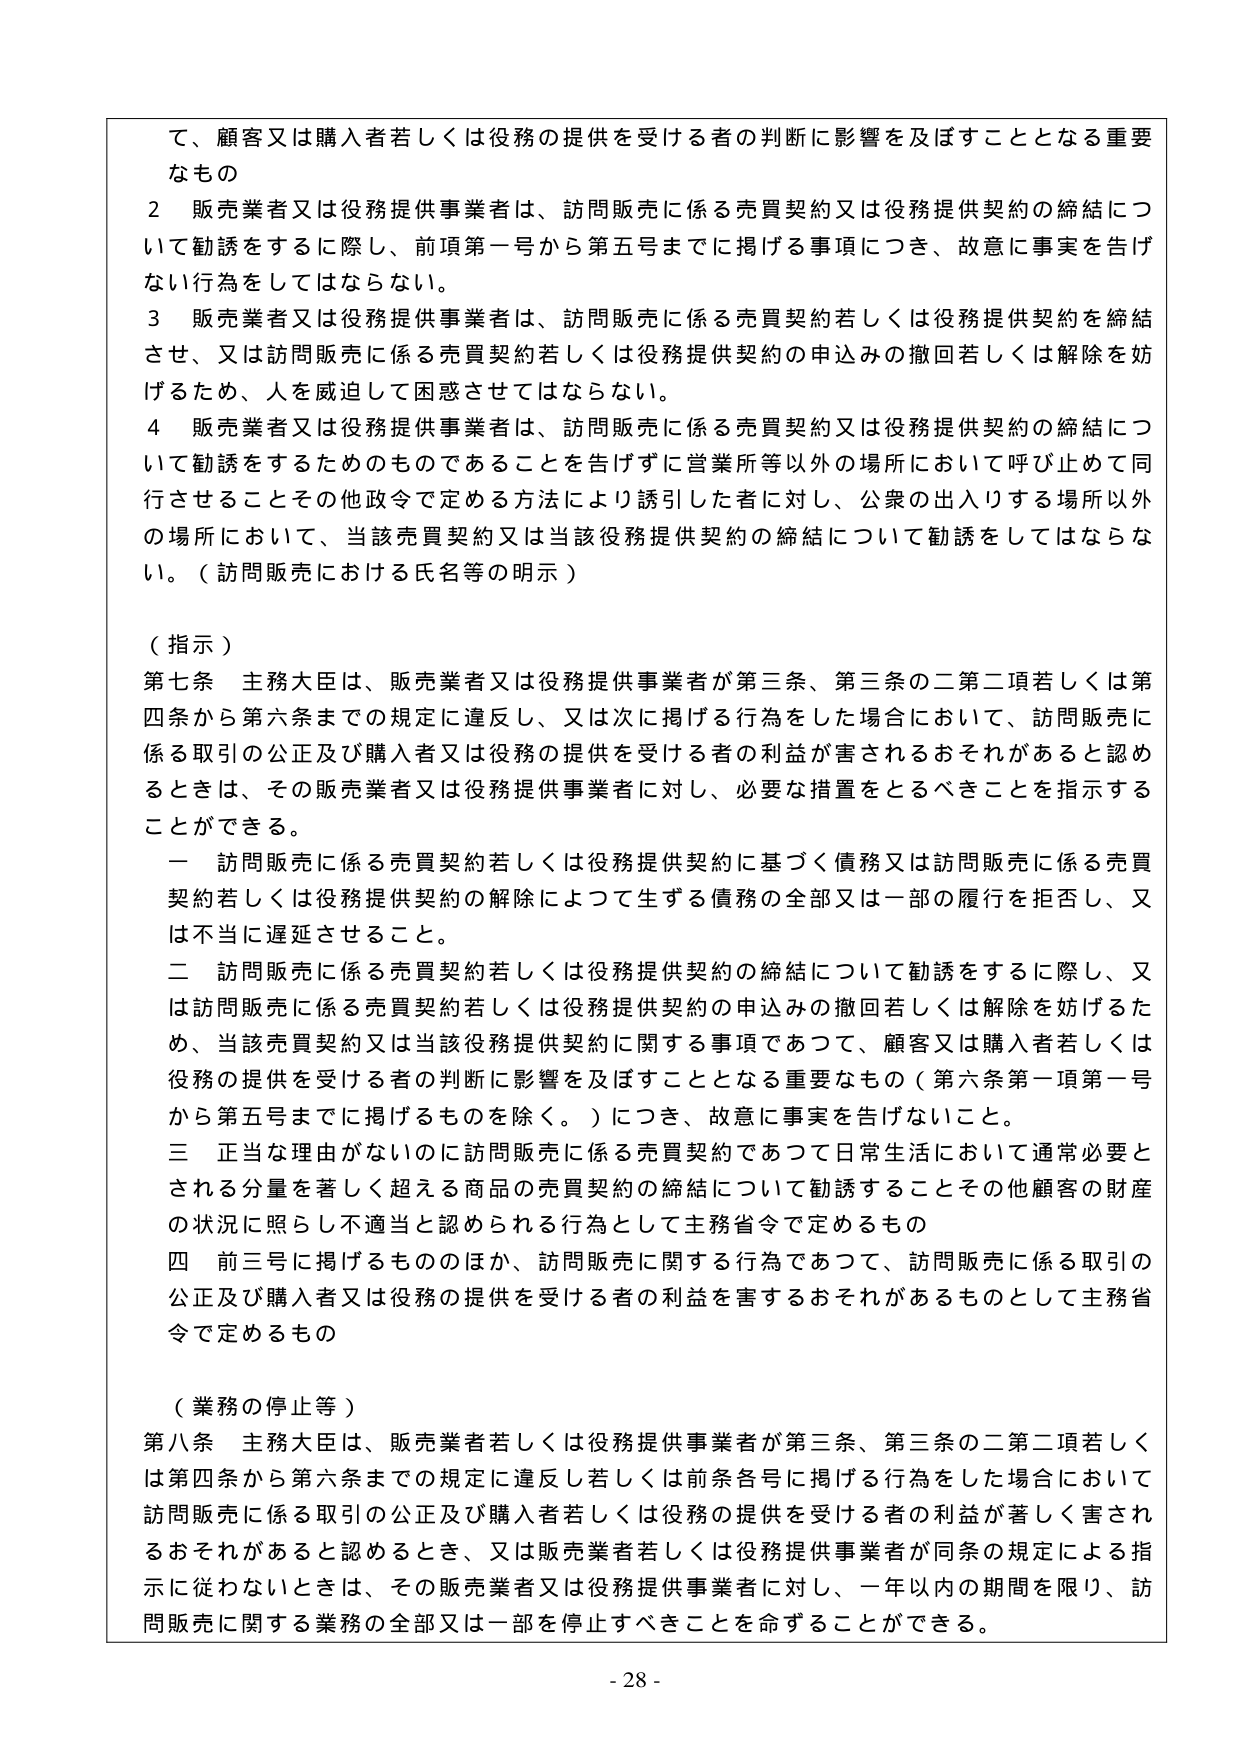
て、顧客又は購入者若しくは役務の提供を受ける者の判断に影響を及ぼすこととなる重要なもの

２ 販売業者又は役務提供事業者は、訪問販売に係る売買契約又は役務提供契約の締結について勧誘をするに際し、前項第一号から第五号までに掲げる事項につき、故意に事実を告げない行為をしてはならない。

３ 販売業者又は役務提供事業者は、訪問販売に係る売買契約若しくは役務提供契約を締結させ、又は訪問販売に係る売買契約若しくは役務提供契約の申込みの撤回若しくは解除を妨げるため、人を威迫して困惑させてはならない。

４ 販売業者又は役務提供事業者は、訪問販売に係る売買契約又は役務提供契約の締結について勧誘をするためのものであることを告げずに営業所等以外の場所において呼び止めて同行させることその他政令で定める方法により誘引した者に対し、公衆の出入りする場所以外の場所において、当該売買契約又は当該役務提供契約の締結について勧誘をしてはならない。（訪問販売における氏名等の明示）

（指示）

第七条 主務大臣は、販売業者又は役務提供事業者が第三条、第三条の二第二項若しくは第四条から第六条までの規定に違反し、又は次に掲げる行為をした場合において、訪問販売に係る取引の公正及び購入者又は役務の提供を受ける者の利益が害されるおそれがあると認めるときは、その販売業者又は役務提供事業者に対し、必要な措置をとるべきことを指示することができる。

一 訪問販売に係る売買契約若しくは役務提供契約に基づく債務又は訪問販売に係る売買契約若しくは役務提供契約の解除によって生ずる債務の全部又は一部の履行を拒否し、又は不当に遅延させること。

二 訪問販売に係る売買契約若しくは役務提供契約の締結について勧誘をするに際し、又は訪問販売に係る売買契約若しくは役務提供契約の申込みの撤回若しくは解除を妨げるため、当該売買契約又は当該役務提供契約に関する事項であつて、顧客又は購入者若しくは役務の提供を受ける者の判断に影響を及ぼすこととなる重要なもの（第六条第一項第一号から第五号までに掲げるものを除く。）につき、故意に事実を告げないこと。

三 正当な理由がないのに訪問販売に係る売買契約であつて日常生活において通常必要とされる分量を著しく超える商品の売買契約の締結について勧誘することその他顧客の財産の状況に照らし不適当と認められる行為として主務省令で定めるもの

四 前三号に掲げるもののほか、訪問販売に関する行為であつて、訪問販売に係る取引の公正及び購入者又は役務の提供を受ける者の利益を害するおそれがあるものとして主務省令で定めるもの

（業務の停止等）

第八条 主務大臣は、販売業者若しくは役務提供事業者が第三条、第三条の二第二項若しくは第四条から第六条までの規定に違反し若しくは前条各号に掲げる行為をした場合において訪問販売に係る取引の公正及び購入者若しくは役務の提供を受ける者の利益が著しく害されるおそれがあると認めるとき、又は販売業者若しくは役務提供事業者が同条の規定による指示に従わないときは、その販売業者又は役務提供事業者に対し、一年以内の期間を限り、訪問販売に関する業務の全部又は一部を停止すべきことを命ずることができる。

- 28 -